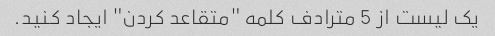
یک لیست از 5 مترادف کلمه "متقاعد کردن" ایجاد کنید.